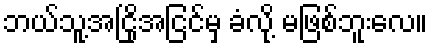
ဘယ်သူ့အငြိုအငြင်မှ ခံလို့ မဖြစ်ဘူးလေ။